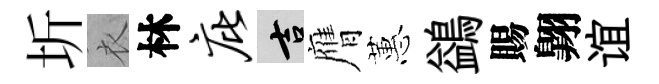
圻衣林庇吉膺蕙鷁賜翺谊